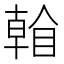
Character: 𥉏